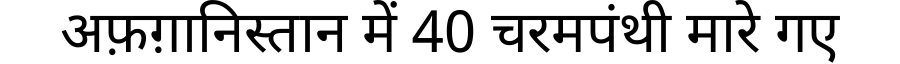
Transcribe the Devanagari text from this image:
अफ़ग़ानिस्तान में 40 चरमपंथी मारे गए